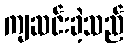
ကျဆင်းခဲ့သည်